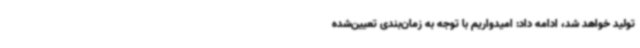
تولید خواهد شد، ادامه داد: امیدواریم با توجه به زمان‌بندی تعیین‌شده